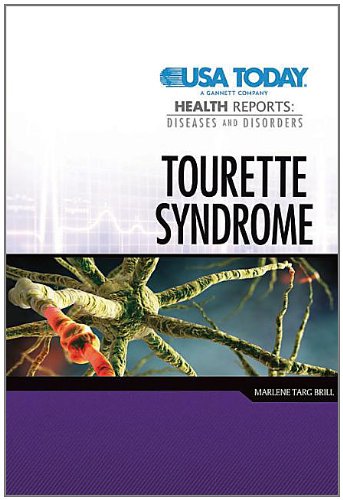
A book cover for Tourette Syndrome (USA Today Health Reports: Diseases and Disorders); Marlene Targ Brill; Health, Fitness & Dieting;